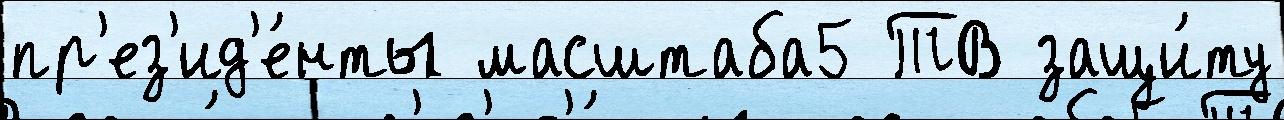
пр'ез'ид'е́нты масштаба5 ТВ защи́ту